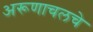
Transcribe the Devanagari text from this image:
अरूणाचलचे